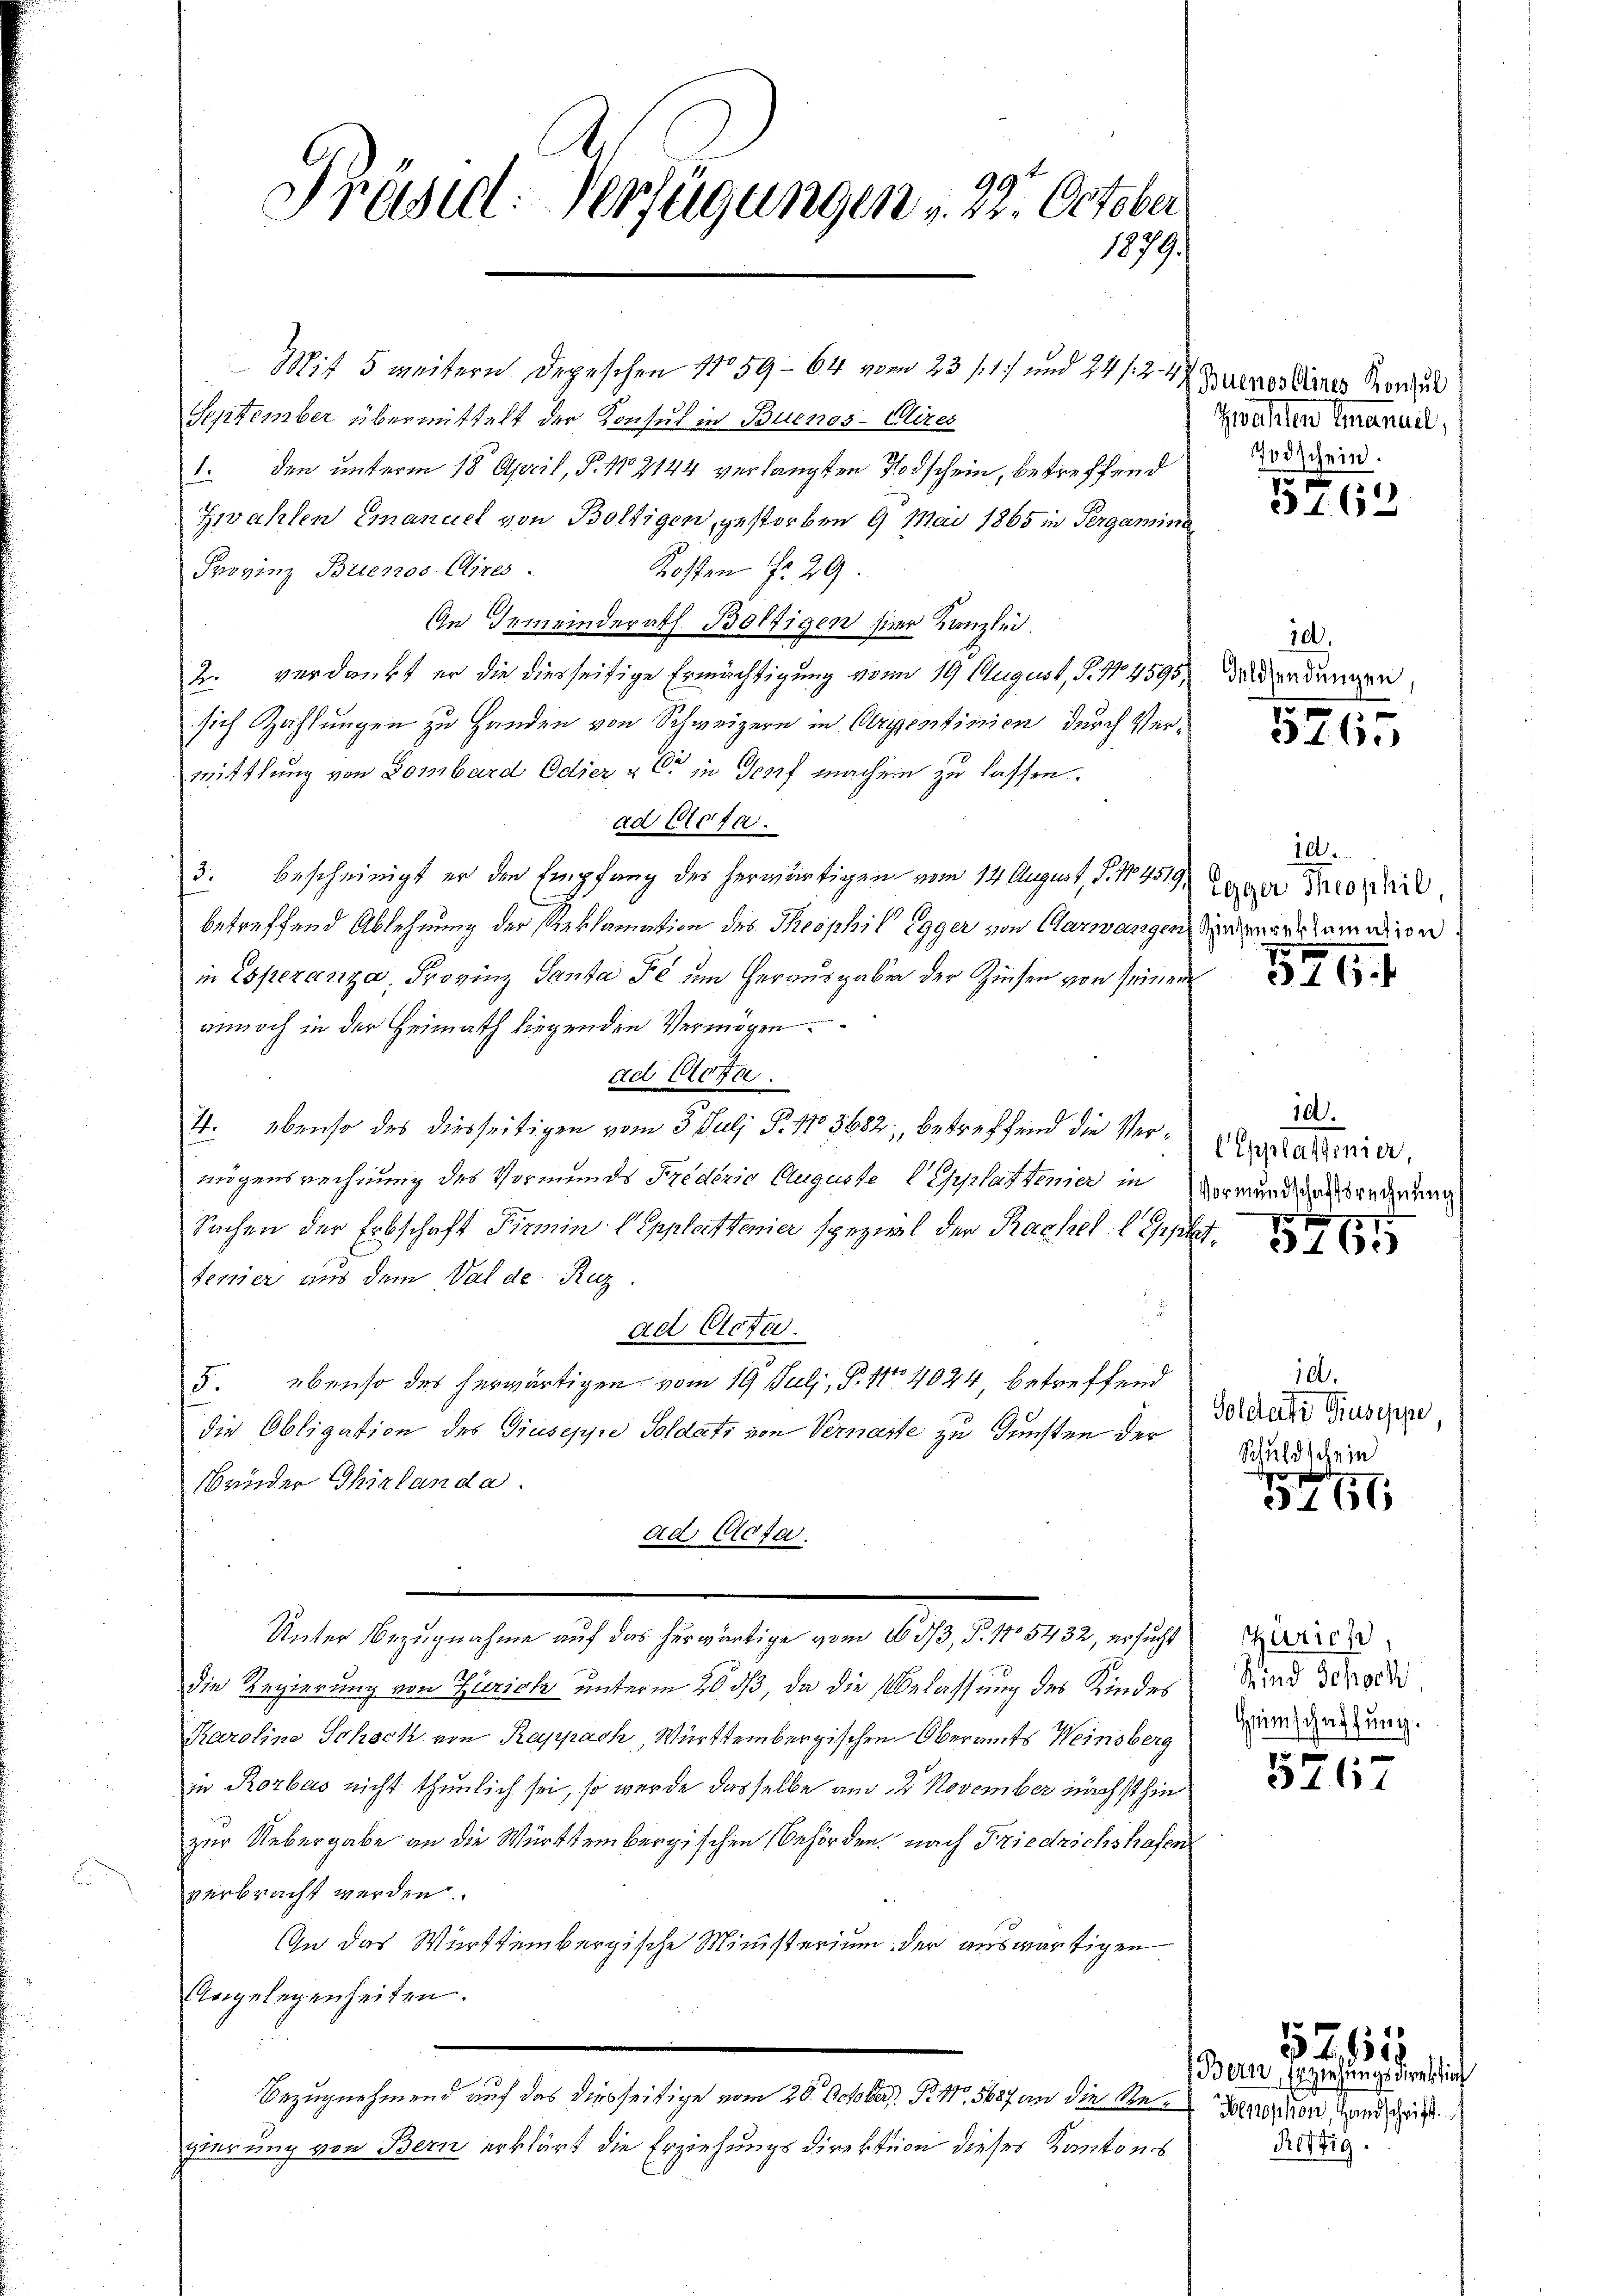
Präsent. Verfügungen , 23. October
1879.

Mit 5 weitern Depeschen No 59 - 64 vom 23 s. 1) und 24 s. 247. Zueros eines Konsul
September übermittelt der Konsul in Buenos-Cires
I. den unterm 18. April, P. 182144 verlangten Todschein, betreffend
Zwahlen Emanuel von Boltigen, gestorben 9 Mai 1865 in Pergamina
Kosten Fr. 29.
Provinz Buenos-Aires.
An Gemeinderath Boltigen hier Kanzlei.
D. verdankt er die diesseitige Ermächtigung vom 19 August, S. 14595 der dangen,
sich Zahlungen zu Handen von Schweizern in Orientinien durch Vermittlung von Lombard Odier & Cie in Genf machen zu lassen.
ad Acta.
3. bescheinigt er den Empfang des herwärtigen vom 14 August, P. No. 4519.
betreffend Ablehnung der Reklamation des Theophil Egger von Aarwangen den der dem eigen
in Esperanza, Provinz Santa Fl um Herausgaben der Zinsen von seinem
annoch in der Heimath liegenden Vermögen
ad Tiefe.
11. ebenso des diesseitigen vom 5. Julj S. 1103682; betreffend die Ver-Erstadmin
mögensrechnung des Vormundes Friderio Auguste Geplattener in Vormundungsrechnung
Sachen der Erbschaft Firmin (Epplattener spezial der Rachel let
temier aus dem Val de Ruz
ad Acta.
5. ebenso des herwärtigen vom 19. Juli, S. 11 4024, betreffend
die Obligation des Giuseppe Soldati von Vernarte zu Gunsten der
Bruder Thirlanda.
ad. Cosa.
Unter Bezugnahme auf das herwärtige vom 1603, S. 15432, ersucht
die Regierung von Zürich unterm 20 dß, da die Belassung des Kindes
Karoline Schoch von Rappach, Württembergischen Oberamts Weinsberg
in Rorbas nicht thunlich sei, so wurde dasselbe am 2. November nächsthin
zur Uebergabe an die Württembergischen Behörden, nach Friedrichshafen
verbracht werden.
In das Württembergische Ministerium der auswärtigen
Angelegenheiten.
Bezugnehmend auf das diesseitige vom 20. October, P. Nr. 5687 an die Bern von Handschrift
gierung von Bern erklärt die Erziehungsdirektion dieses Kantons

Zwahlen Emanuel,
Todschein.

5762

100.
9
5

576.

10.
Egger Theophil,

5714

10.

10.
Golderte Kruseppe,
Schuldschein
g

3166

Zürich,
Kind Schoch,
Heimschaffung.

d
3167

(Bern, Erziehungsdirektio
Reftig.

.15